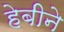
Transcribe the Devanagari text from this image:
हेबीने